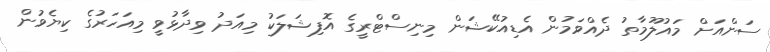
ސަންއަށް މައުލޫމާތު ދެއްވަމުން އެޑިއުކޭޝަން މިނިސްޓްރީގެ އޮފިޝަލަކު މިއަދު ވިދާޅުވީ މިއަހަރުގެ ކިޔެވުން